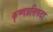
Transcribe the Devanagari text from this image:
कृष्णप्रतिपदा